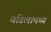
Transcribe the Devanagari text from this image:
वडिलांमध्ये